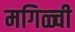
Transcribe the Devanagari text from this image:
मगिळ्ची